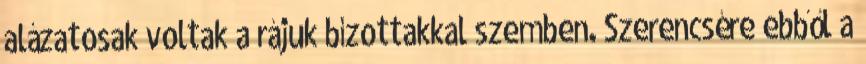
alázatosak voltak a rájuk bízottakkal szemben. Szerencsére ebből a